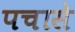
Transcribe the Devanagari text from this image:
पचासे